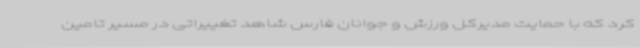
کرد که با حمایت مدیرکل ورزش و جوانان فارس شاهد تغییراتی در مسیر تامین